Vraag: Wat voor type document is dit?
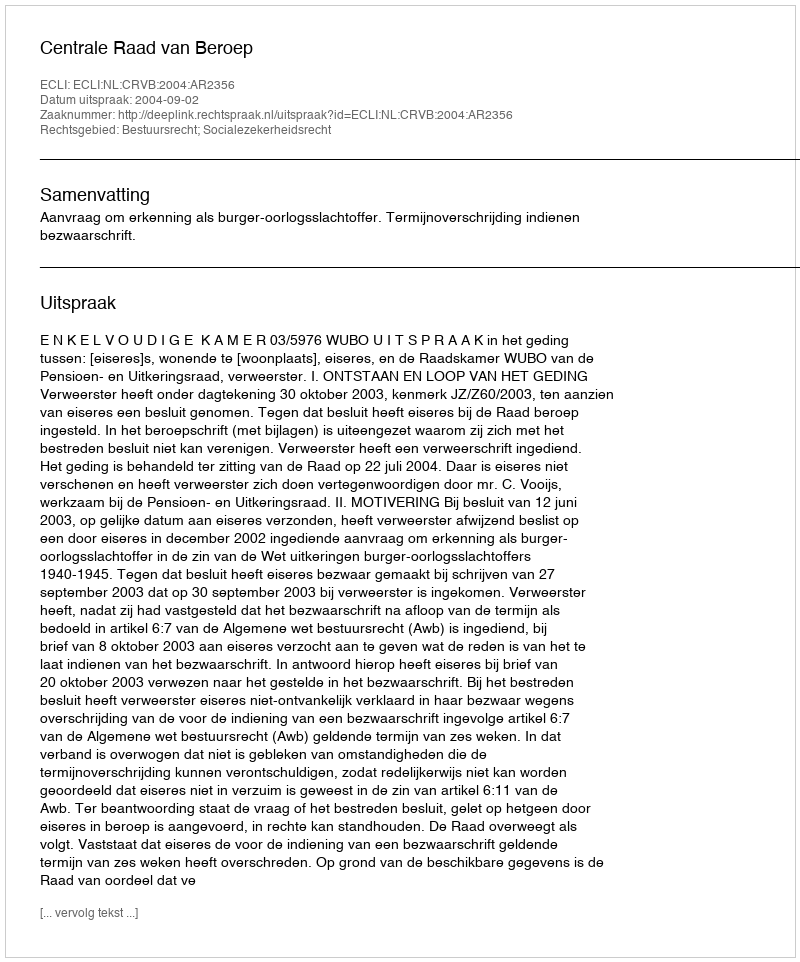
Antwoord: Uitspraak